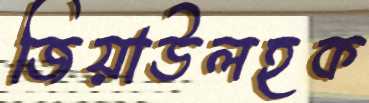
জিয়াউলহক